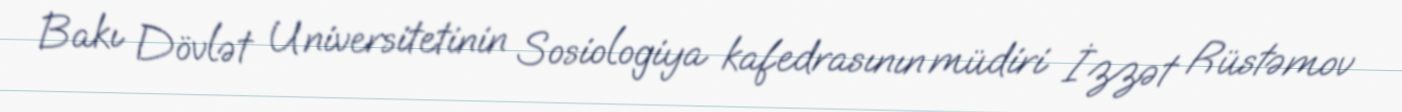
Bakı Dövlət Universitetinin Sosiologiya kafedrasının müdiri İzzət Rüstəmov